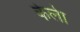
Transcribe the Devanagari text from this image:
केलेा